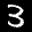
Label: 3